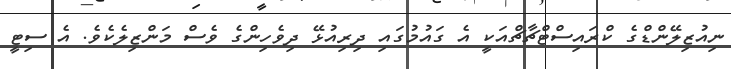
ނިއުޒިލޭންޑްގެ ކްރައިސްޓްޗާޗްއަކީ އެ ގައުމުގައި ދިރިއުޅޭ ދިވެހިންގެ ވެސް މަންޒިލެކެވެ. އެ ސިޓީ